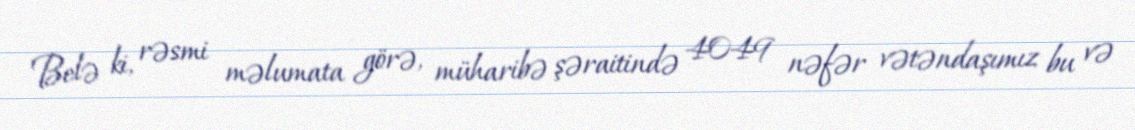
Belə ki, rəsmi məlumata görə, müharibə şəraitində 4049 nəfər vətəndaşımız bu və